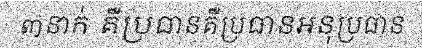
៣នាក់ គឺប្រធានគឺប្រធានអនុប្រធាន